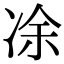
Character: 凃